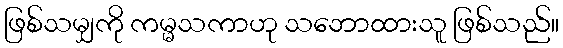
ဖြစ်သမျှကို ကမ္မသကာဟု သဘောထားသူ ဖြစ်သည်။